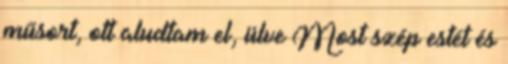
műsort, ott aludtam el, ülve Most szép estét és